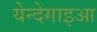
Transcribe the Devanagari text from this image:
येन्देगाइआ